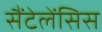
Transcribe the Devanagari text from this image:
सैंटेलेंसिस